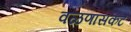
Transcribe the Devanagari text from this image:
वळणासकट